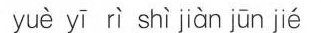
yuè yī rì shì jiàn jūn jié